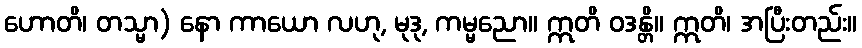
ဟောတိ၊ တသ္မာ) နော ကာယော လဟု, မုဒု, ကမ္မညော။ ဣတိ ဝဒန္တိ။ ဣတိ၊ အပြီးတည်း။